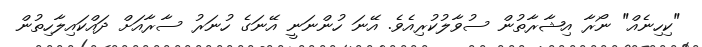
"ކިހިނެއް" ނޯރާ އިޝާރާތުން ސުވާލުކުރިއެވެ. އޭނަ ހުންނަނީ އޭނަގެ ހުނަރު ސާރާއަށް ދައްކައިލާހިތުން